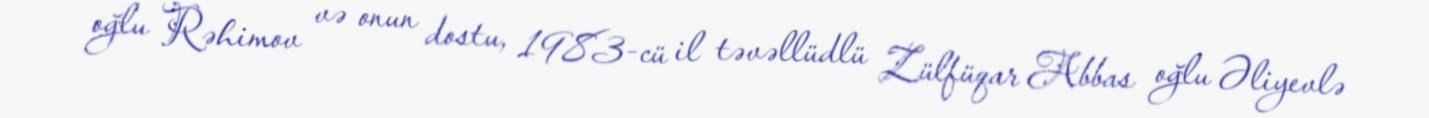
oğlu Rəhimov və onun dostu, 1983-cü il təvəllüdlü Zülfüqar Abbas oğlu Əliyevlə